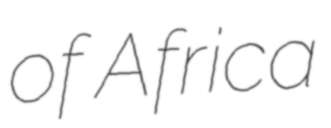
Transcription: of Africa